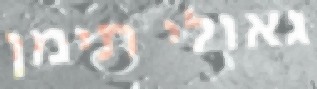
גאולי תימן